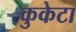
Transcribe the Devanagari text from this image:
कुकेटा